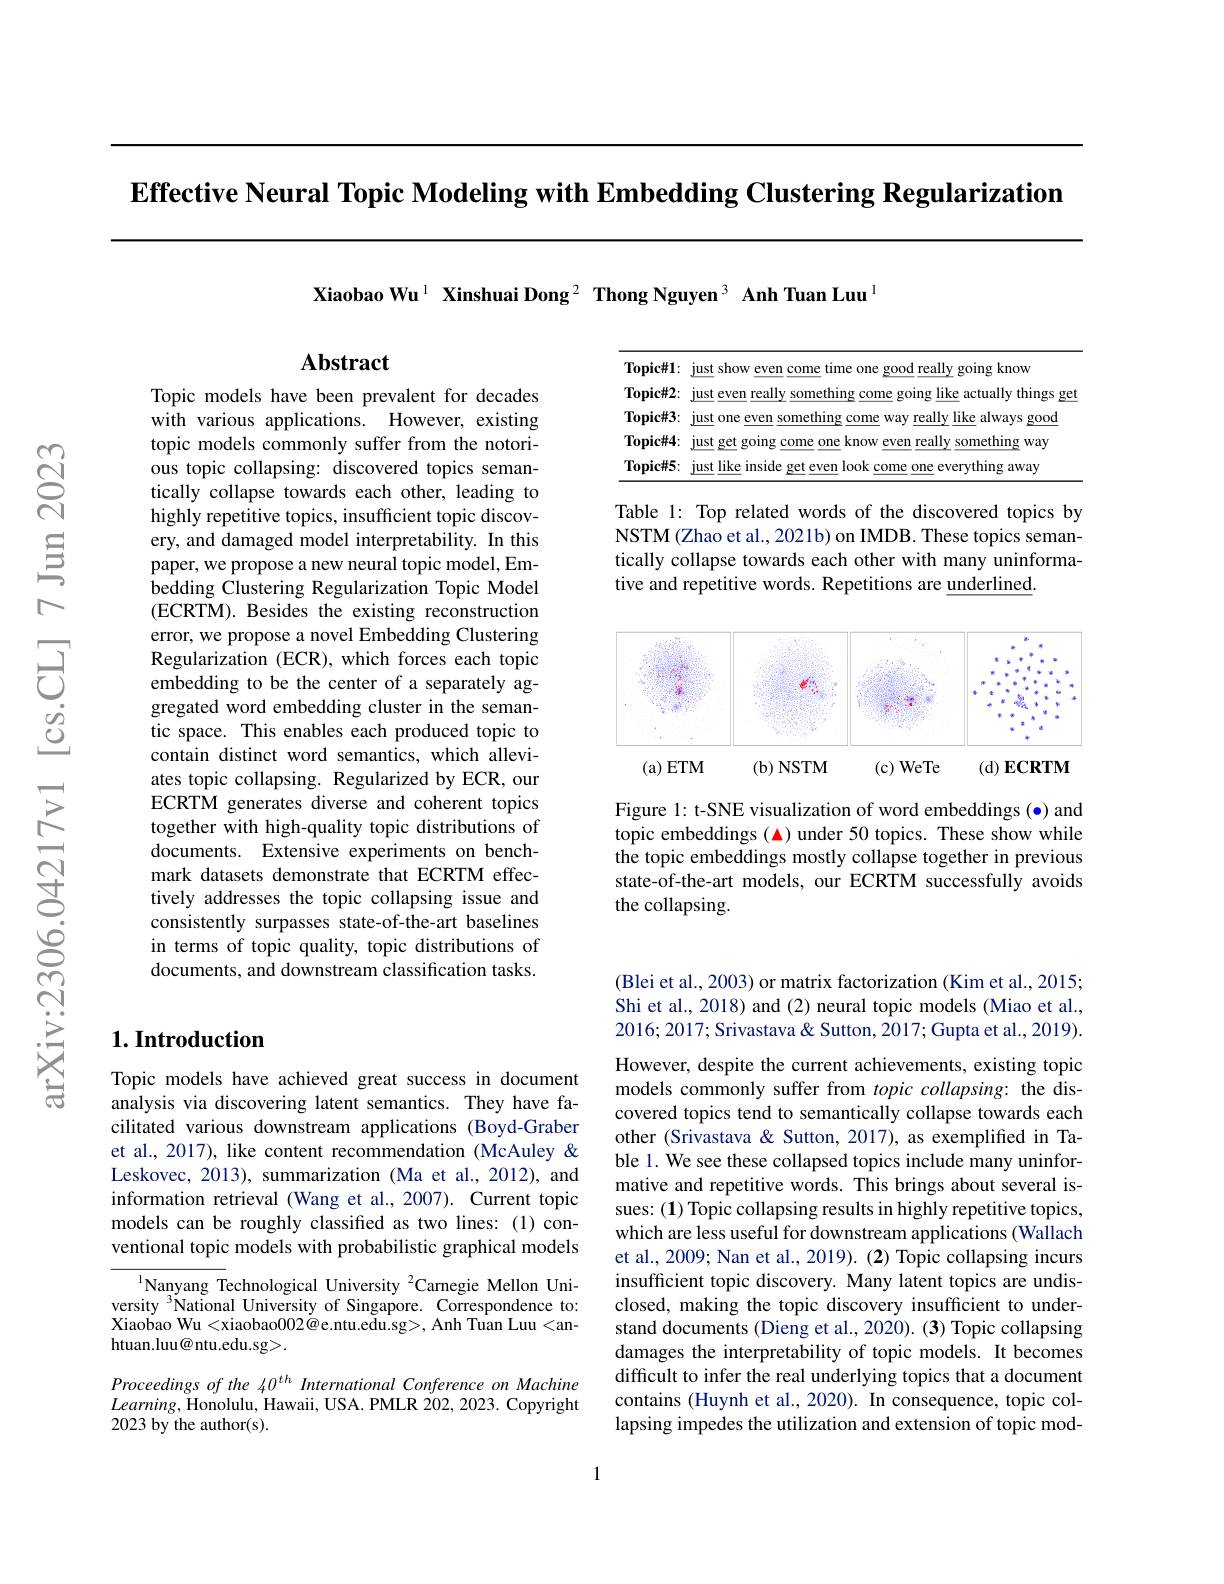
Effective Neural Topic Modeling with Embedding Clustering Regularization

Xiaobao Wu$^{1}\textbf{ Xinshuai Dong}^{2}\textbf{ Thong Nguyen}^{3}\textbf{ Anh Tuan Luu}^{1}$

## $\mathbf{Abstract}$

Topic#1: just show even come time one good really going know
Topic#2: just even really something come going like actually things get Topic#3: just one even $\underline\text{something come way really}\underline{\text{like always good}}$ Topic#4: just get going come $\underline\text{one}\underline\text{know even}\underline{\text{really something way}}$ Topic#5: just like inside get even look come one everything away

Topic models have been prevalent for decades with various applications. However, existing topic models commonly suffer from the notorious topic collapsing: discovered topics semantically collapse towards each other, leading to highly repetitive topics, insufficient topic discovery, and damaged model interpretability. In this paper, we propose a new neural topic model, Embedding Clustering Regularization Topic Model (ECRTM). Besides the existing reconstruction error, we propose a novel Embedding Clustering Regularization (ECR), which forces each topic embedding to be the center of a separately aggregated word embedding cluster in the semantic space. This enables each produced topic to contain distinct word semantics, which alleviates topic collapsing. Regularized by ECR, our ECRTM generates diverse and coherent topics together with high-quality topic distributions of documents. Extensive experiments on benchmark datasets demonstrate that ECRTM effectively addresses the topic collapsing issue and consistently surpasses state-of-the-art baselines in terms of topic quality, topic distributions of documents, and downstream classification tasks.

## $1. \textbf{Introduction}$

Topic models have achieved great success in document analysis via discovering latent semantics. They have facilitated various downstream applications (Boyd-Graber et al., 2017), like content recommendation (McAuley & Leskovec, 2013), summarization (Ma et al., 2012), and information retrieval (Wang et al.,2007). Current topic models can be roughly classified as two lines: (1) conventional topic models with probabilistic graphical models

$\overline{{^{1}\text{Nanyang T}}}$echnological University $^2$Carnegie Mellon University $^3\bar{\text{National University of Singapore. Correspondence to:}}$ Xiaobao Wu<xiaobao002@e.ntu.edu.sg>, Anh Tuan Luu<anhtuan.luu@ntu.edu.sg>.

Proceedings of the 40$^{th}$ International Conference on Machine $Learning$,Honolulu, Hawaii, USA. PMLR 202, 2023. Copyright 2023 by the author(s).

Table 1: Top related words of the discovered topics by NSTM (Zhao et al., 2021b) on IMDB. These topics semantically collapse towards each other with many uninformative and repetitive words. Repetitions are underlined.

<FigureHere>

Figure 1: t-SNE visualization of word embeddings (·) and topic embeddings (▲) under 50 topics. These show while the topic embeddings mostly collapse together in previous state-of-the-art models, our ECRTM successfully avoids the collapsing.

(Blei et al., 2003) or matrix factorization (Kim et al., 2015; Shi et al., 2018) and (2) neural topic models (Miao et al., 2016; 2017; Srivastava & Sutton, 2017; Gupta et al., 2019).

However, despite the current achievements, existing topic models commonly suffer from topic collapsing: the discovered topics tend to semantically collapse towards each other (Srivastava & Sutton, 2017), as exemplified in Table 1. We see these collapsed topics include many uninformative and repetitive words. This brings about several issues: (1) Topic collapsing results in highly repetitive topics, which are less useful for downstream applications (Wallach et al., 2009; Nan et al., 2019). (2) Topic collapsing incurs insufficient topic discovery. Many latent topics are undisclosed, making the topic discovery insufficient to understand documents (Dieng et al., 2020). (3) Topic collapsing damages the interpretability of topic models. It becomes difficult to infer the real underlying topics that a document contains (Huynh et al., 2020). In consequence, topic collapsing impedes the utilization and extension of topic mod-

1